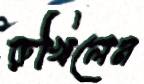
রুখিলেন